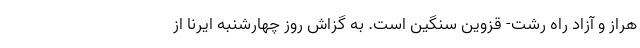
هراز و آزاد راه رشت- قزوین سنگین است. به گزاش روز چهارشنبه ایرنا از